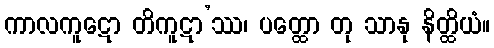
ကာလကူဋော တိကူဋာ’ဿ၊ ပတ္ထော တု သာနု နိတ္ထိယံ။